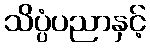
သိပ္ပံပညာနှင့်